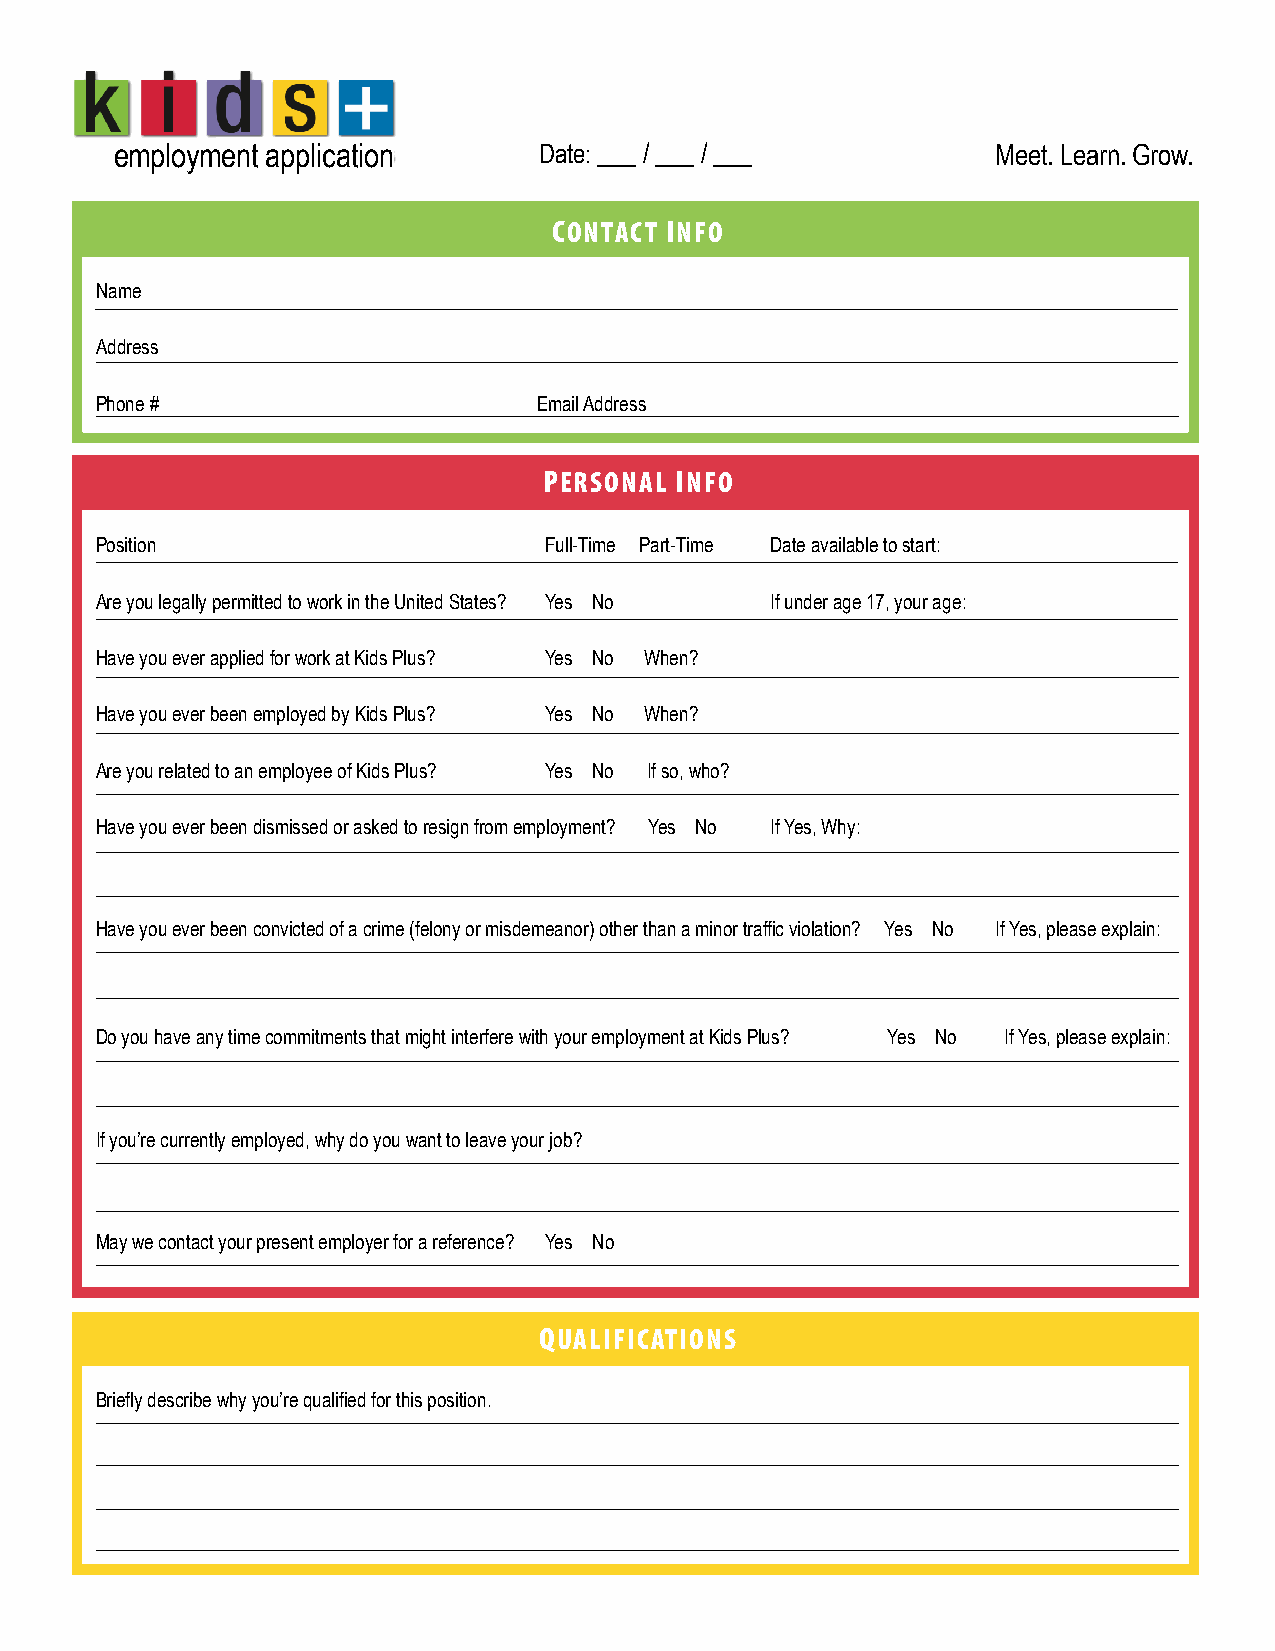
employment application      Date: ___ / ___ / ___         Meet. Learn. Grow.
 CONTACT INFO
 Name
 Address
 Phone #                       Email Address
 PERSONAL INFO
 Position                      Full-Time Part-Time Date available to start:
 Are you legally permitted to work in the United States? Yes No If under age 17, your age:
 Have you ever applied for work at Kids Plus? Yes No When?
 Have you ever been employed by Kids Plus? Yes No When?
 Are you related to an employee of Kids Plus? Yes No If so, who?
 Have you ever been dismissed or asked to resign from employment? Yes No If Yes, Why:
 Have you ever been convicted of a crime (felony or misdemeanor) other than a minor traffic violation? Yes No If Yes, please explain:
 Do you have any time commitments that might interfere with your employment at Kids Plus? Yes No If Yes, please explain:
 If you’re currently employed, why do you want to leave your job?
 May we contact your present employer for a reference? Yes No
 QUALIFICATIONS
 Briefly describe why you’re qualified for this position.